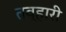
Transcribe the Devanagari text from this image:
तव्हारी